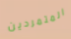
المتمردين